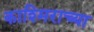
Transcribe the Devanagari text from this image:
काश्मिराच्या